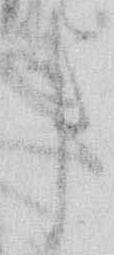
事